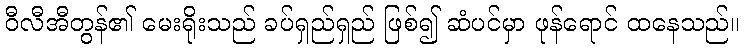
ဝီလီအီတွန်၏ မေးရိုးသည် ခပ်ရှည်ရှည် ဖြစ်၍ ဆံပင်မှာ ဖုန်ရောင် ထနေသည်။